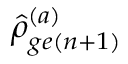
\hat { \rho } _ { g e ( n + 1 ) } ^ { ( a ) }